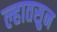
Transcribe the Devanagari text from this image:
ल्हातसुन